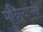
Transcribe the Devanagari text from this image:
मुछियाली